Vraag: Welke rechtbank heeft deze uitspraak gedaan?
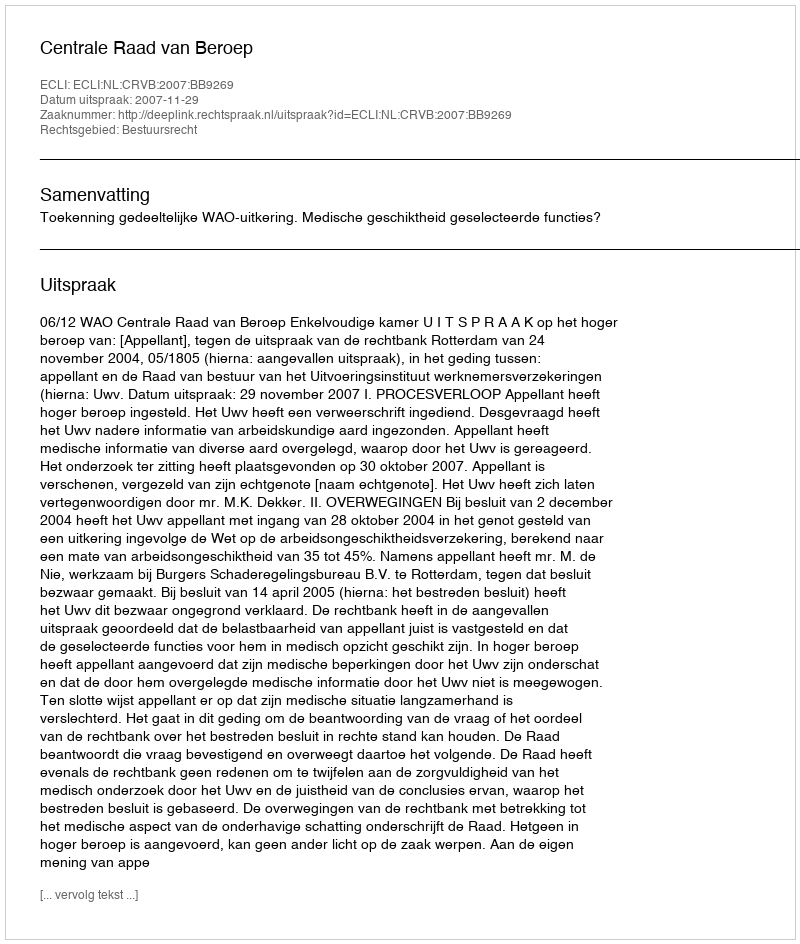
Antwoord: Centrale Raad van Beroep